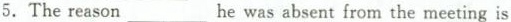
5.The reason ___he was absent from the meeting is